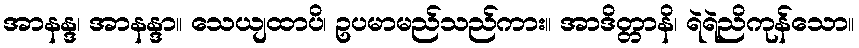
အာနန္ဒ၊ အာနန္ဒာ။ သေယျထာပိ၊ ဥပမာမည်သည်ကား။ အာဒိတ္တာနိ၊ ရဲရဲညိကုန်သော။